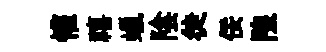
懽禧蠟陰徒佞隍